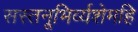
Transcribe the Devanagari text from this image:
सस्तनूभिर्व्यशेमहि